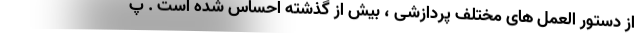
از دستور العمل های مختلف پردازشی ، بیش از گذشته احساس شده است . پ